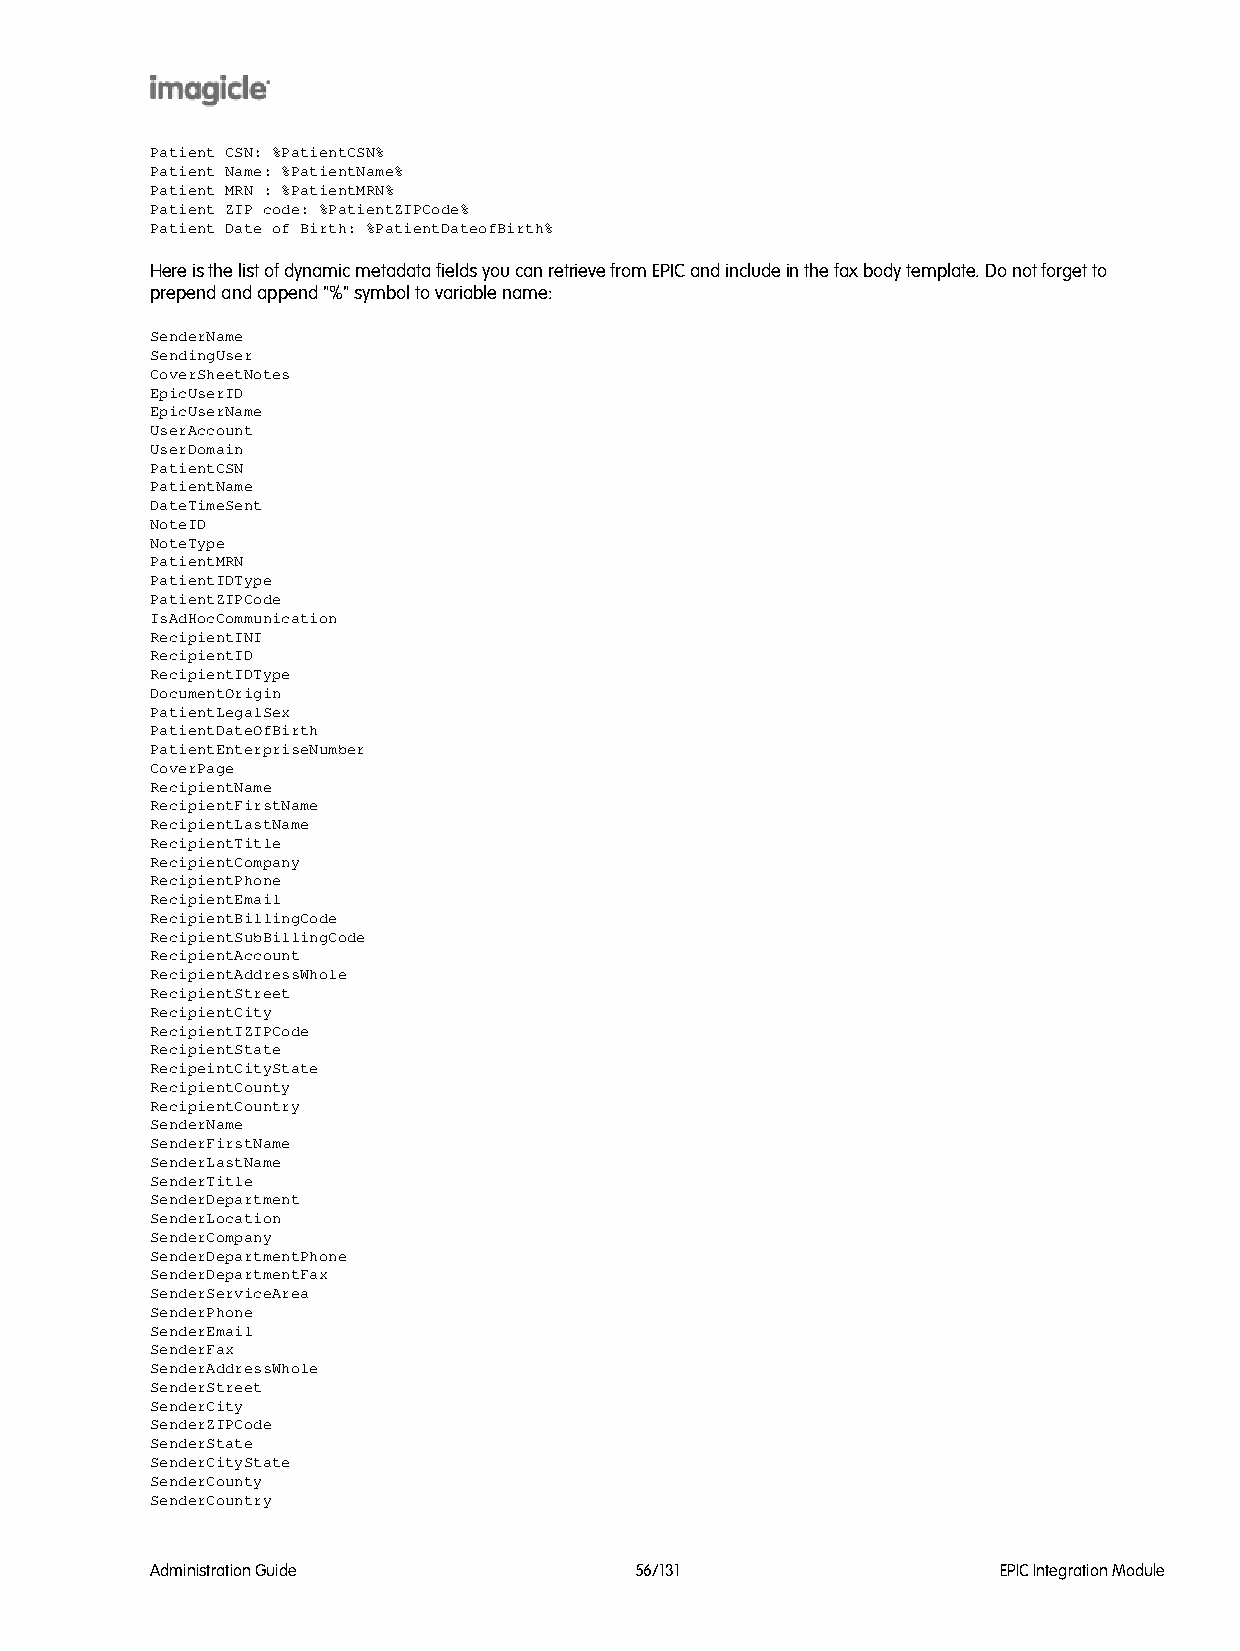
Patient CSN: %PatientCSN%
 Patient Name: %PatientName%
 Patient MRN : %PatientMRN%
 Patient ZIP code: %PatientZIPCode%
 Patient Date of Birth: %PatientDateofBirth%
 Here is the list of dynamic metadata fields you can retrieve from EPIC and include in the fax body template. Do not forget to
 prepend and append "%" symbol to variable name:
 SenderName
 SendingUser
 CoverSheetNotes
 EpicUserID
 EpicUserName
 UserAccount
 UserDomain
 PatientCSN
 PatientName
 DateTimeSent
 NoteID
 NoteType
 PatientMRN
 PatientIDType
 PatientZIPCode
 IsAdHocCommunication
 RecipientINI
 RecipientID
 RecipientIDType
 DocumentOrigin
 PatientLegalSex
 PatientDateOfBirth
 PatientEnterpriseNumber
 CoverPage
 RecipientName
 RecipientFirstName
 RecipientLastName
 RecipientTitle
 RecipientCompany
 RecipientPhone
 RecipientEmail
 RecipientBillingCode
 RecipientSubBillingCode
 RecipientAccount
 RecipientAddressWhole
 RecipientStreet
 RecipientCity
 RecipientIZIPCode
 RecipientState
 RecipeintCityState
 RecipientCounty
 RecipientCountry
 SenderName
 SenderFirstName
 SenderLastName
 SenderTitle
 SenderDepartment
 SenderLocation
 SenderCompany
 SenderDepartmentPhone
 SenderDepartmentFax
 SenderServiceArea
 SenderPhone
 SenderEmail
 SenderFax
 SenderAddressWhole
 SenderStreet
 SenderCity
 SenderZIPCode
 SenderState
 SenderCityState
 SenderCounty
 SenderCountry
 Administration Guide            56/131                  EPIC Integration Module